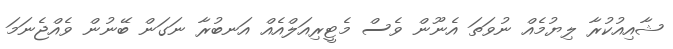
ޝާއިއުކުރާ ލިޔުމެއް ނުވަތަ އެނޫން ވެސް މެޓީރިއަލްއެއް އަނބުރާ ނަގަން ބޭނުން ވެއްޖެނަމަ